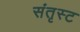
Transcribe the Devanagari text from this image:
संतृस्ट